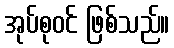
အုပ်စုဝင် ဖြစ်သည်။